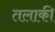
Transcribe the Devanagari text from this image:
तलाकी